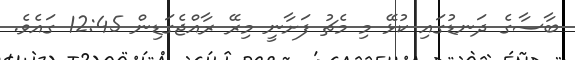
ބާސާގެ ދަނޑުގައި ކުޅޭ މި މެޗު ފަށާނީ މިރޭ ރާއްޖެގަޑިން 12:45 ގައެވެ.